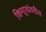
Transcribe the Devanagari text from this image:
किनार्‍यांवरील